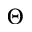
\Theta